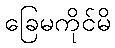
ခြေမကိုင်မိ